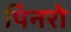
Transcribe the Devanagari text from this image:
पिनरो